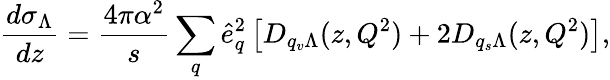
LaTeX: \frac{d\sigma_{\Lambda}}{dz}=\frac{4\pi\alpha^{2}}{s}\sum_{q}\hat{e}_{q}^{2}\left[D_{q_{v}\Lambda}(z,Q^{2})+2D_{q_{s}\Lambda}(z,Q^{2})\right],